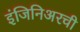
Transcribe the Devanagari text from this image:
इंजिनिअरची